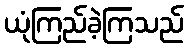
ယုံကြည်ခဲ့ကြသည်